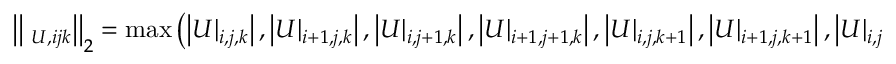
\left| \left| \mathbf \Lambda _ { U , i j k } \right| \right| _ { 2 } = \operatorname* { m a x } \left( \left| U | _ { i , j , k } \right| , \left| U | _ { i + 1 , j , k } \right| , \left| U | _ { i , j + 1 , k } \right| , \left| U | _ { i + 1 , j + 1 , k } \right| , \left| U | _ { i , j , k + 1 } \right| , \left| U | _ { i + 1 , j , k + 1 } \right| , \left| U | _ { i , j + 1 , k + 1 } \right| , \left| U | _ { i + 1 , j + 1 , k + 1 } \right| \right) \, .